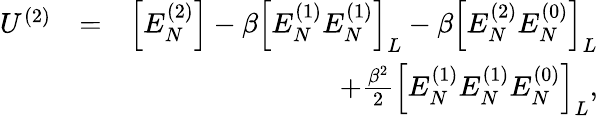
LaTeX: \begin{array}{rlr}{U^{(2)}}&{=}&{\Big[E_{N}^{(2)}\Big]-\beta\Big[E_{N}^{(1)}E_{N}^{(1)}\Big]_{L}-\beta\Big[E_{N}^{(2)}E_{N}^{(0)}\Big]_{L}}\\ &{}&{+\frac{\beta^{2}}{2}\Big[E_{N}^{(1)}E_{N}^{(1)}E_{N}^{(0)}\Big]_{L},}\end{array}